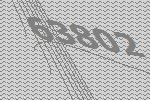
63802